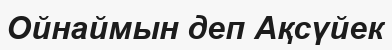
Ойнаймын деп Ақсүйек